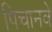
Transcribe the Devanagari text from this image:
पिचानवे